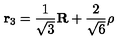
{ \bf r } _ { 3 } = \frac { 1 } { \sqrt { 3 } } { \bf R } + \frac { 2 } { \sqrt { 6 } } { \bf \rho }